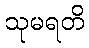
သုမရတိ